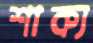
শাক্য